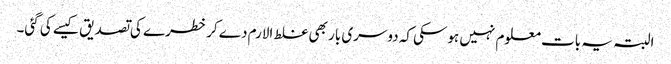
البتہ یہ بات معلوم نہیں ہوسکی کہ دوسری بار بھی غلط الارم دے کر خطرے کی تصدیق کیسے کی گئی۔